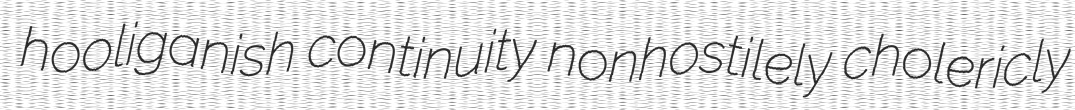
hooliganish continuity nonhostilely cholericly